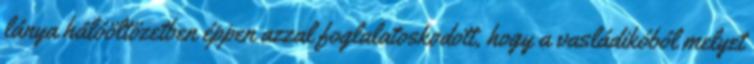
lánya hálóöltözetben éppen azzal foglalatoskodott, hogy a vasládikóból melyet